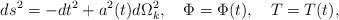
LaTeX: \begin{align*}ds^2=-dt^2+a^2(t)d\Omega^{2}_{k},\quad \Phi=\Phi(t),\quad T=T(t),\end{align*}